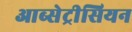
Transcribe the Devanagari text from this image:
आब्सेट्रीसियन